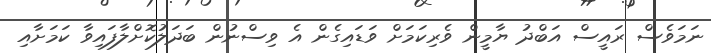
ނަމަވެސް ރައީސް އަބްދު ޔާމީން ވެރިކަމަށް ވަޑައިގެން އެ ވިސްނުން ބަދަލުކޮށްލާފައިވާ ކަމަށާއި